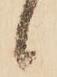
間